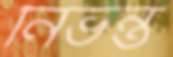
নিভন্ত